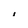
Character: 1